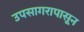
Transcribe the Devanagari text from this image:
उपसागरापासून